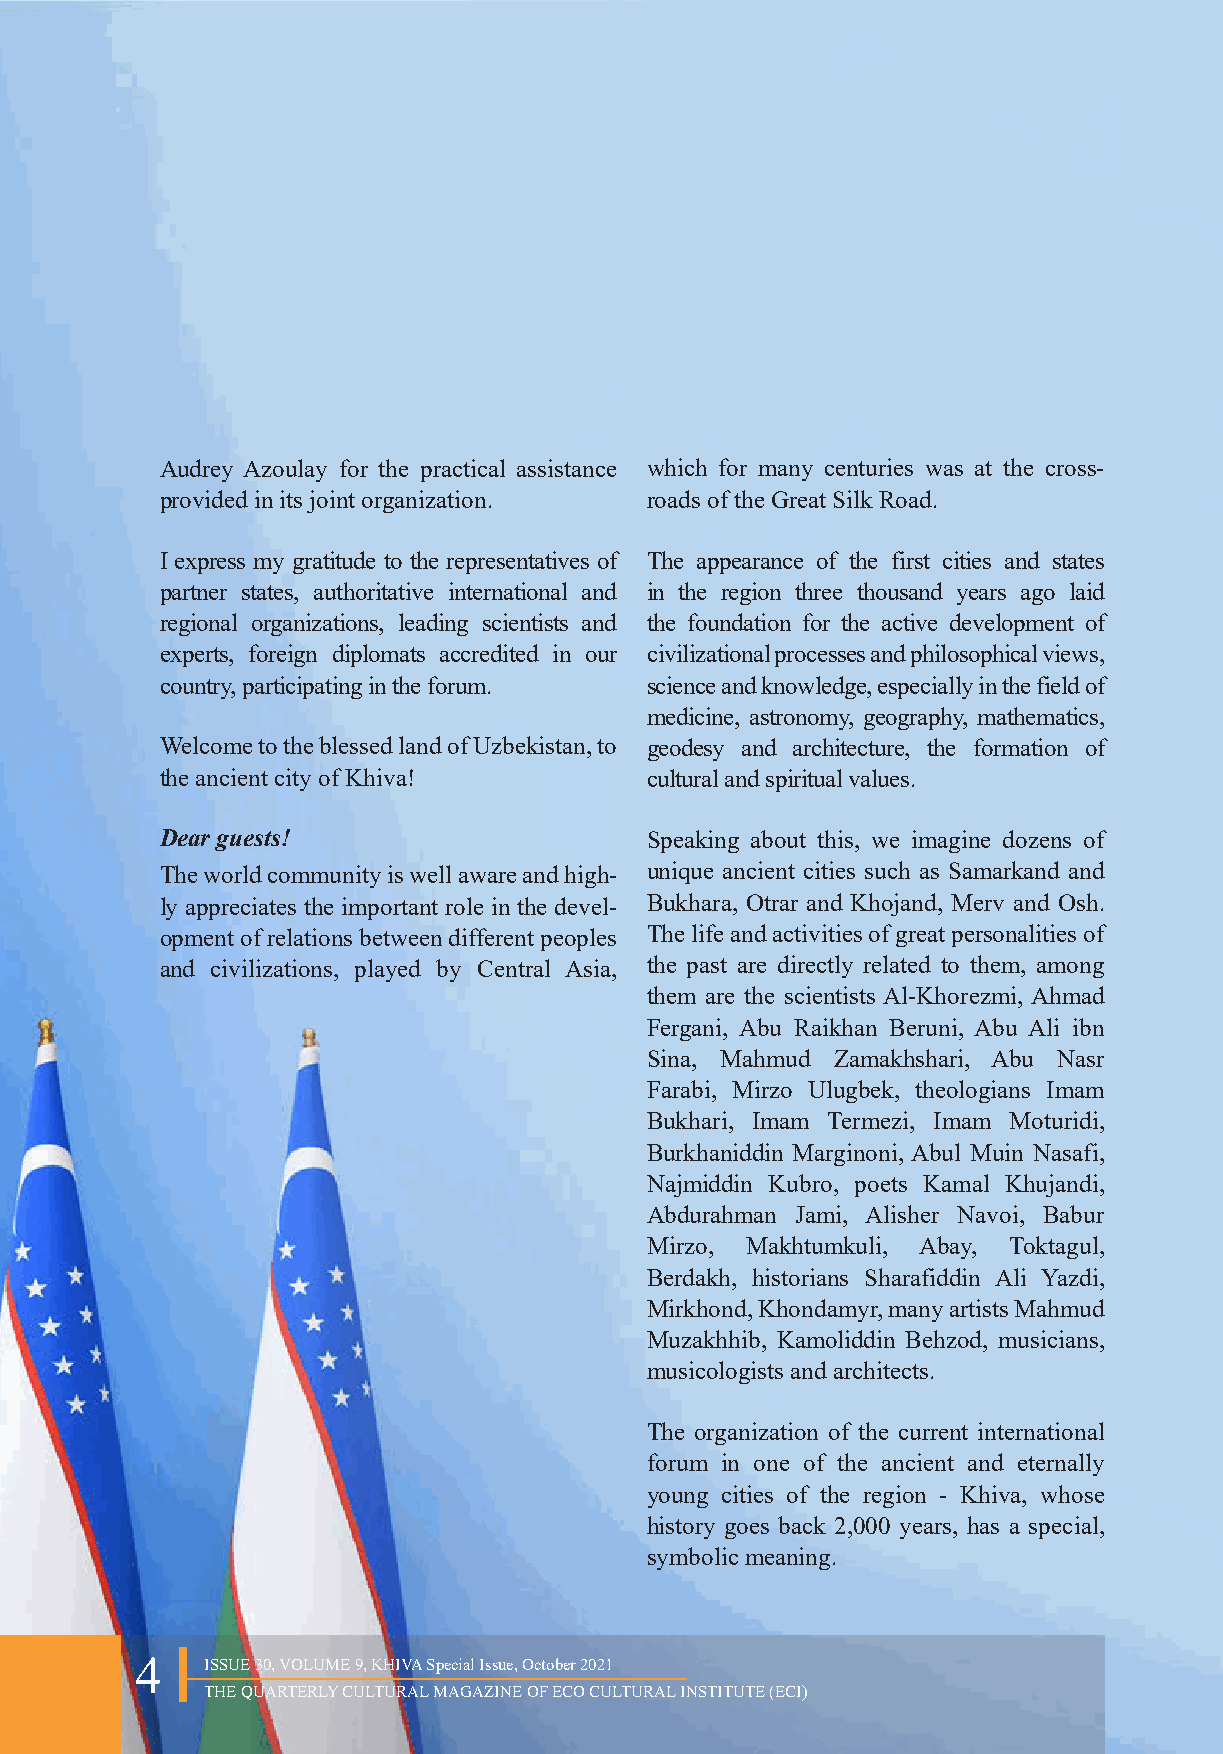
Audrey Azoulay for the practical assistance which for many centuries was at the cross-
 provided in its joint organization. roads of the Great Silk Road.
 I express my gratitude to the representatives of The appearance of the first cities and states
 partner states, authoritative international and in the region three thousand years ago laid
 regional organizations, leading scientists and the foundation for the active development of
 experts, foreign diplomats accredited in our civilizational processes and philosophical views,
 country, participating in the forum. science and knowledge, especially in the field of
 medicine, astronomy, geography, mathematics,
 Welcome to the blessed land of Uzbekistan, to geodesy and architecture, the formation of
 the ancient city of Khiva!      cultural and spiritual values.
 Dear guests!                    Speaking about this, we imagine dozens of
 The world community is well aware and high- unique ancient cities such as Samarkand and
 ly appreciates the important role in the devel- Bukhara, Otrar and Khojand, Merv and Osh.
 opment of relations between different peoples The life and activities of great personalities of
 and civilizations, played by Central Asia, the past are directly related to them, among
 them are the scientists Al-Khorezmi, Ahmad
 Fergani, Abu Raikhan Beruni, Abu Ali ibn
 Sina, Mahmud Zamakhshari, Abu Nasr
 Farabi, Mirzo Ulugbek, theologians Imam
 Bukhari, Imam Termezi, Imam Moturidi,
 Burkhaniddin Marginoni, Abul Muin Nasafi,
 Najmiddin Kubro, poets Kamal Khujandi,
 Abdurahman Jami, Alisher Navoi, Babur
 Mirzo, Makhtumkuli, Abay, Toktagul,
 Berdakh, historians Sharafiddin Ali Yazdi,
 Mirkhond, Khondamyr, many artists Mahmud
 Muzakhhib, Kamoliddin Behzod, musicians,
 musicologists and architects.
 The organization of the current international
 forum in one of the ancient and eternally
 young cities of the region - Khiva, whose
 history goes back 2,000 years, has a special,
 symbolic meaning.
 4    ISSUE 30, VOLUME 9, KHIVA Special Issue, October 2021
 THE QUARTERLY CULTURAL MAGAZINE OF ECO CULTURAL INSTITUTE (ECI)